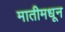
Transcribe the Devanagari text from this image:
मातीमधून